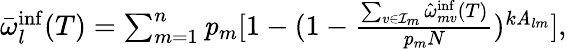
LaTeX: \begin{array}{r}{\bar{\omega}_{l}^{\mathrm{inf}}(T)=\sum_{m=1}^{n}{\mathbf{\mathit{p}}_{m}[1-(1-\frac{\sum_{v\in\mathcal{I}_{m}}{\hat{\omega}_{mv}^{\mathrm{inf}}(T)}}{\mathbf{\mathit{p}}_{m}N})^{k\mathbf{\mathit{A}}_{lm}}]},}\end{array}